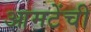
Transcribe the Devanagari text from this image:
आमटेंची